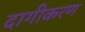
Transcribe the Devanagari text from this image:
दागीकरण